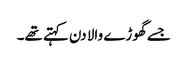
جسے گھوڑے والا دن کہتے تھے۔